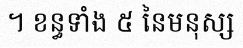
។ ខន្ធទាំង ៥ នៃមនុស្ស